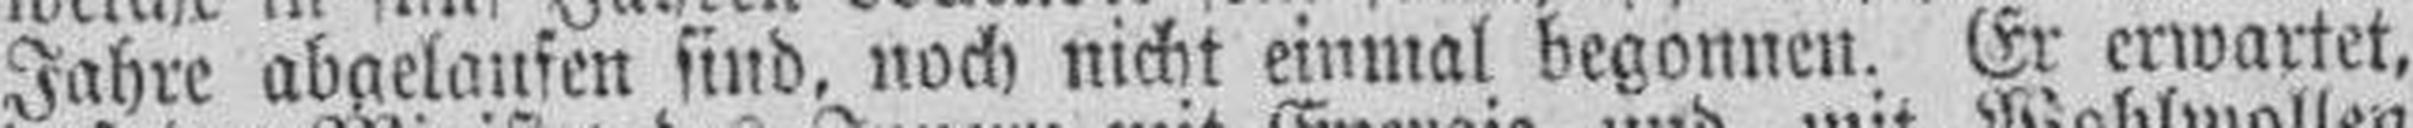
Jahre abgelaufen sind, noch nicht einmal begonnen. Er erwartet,